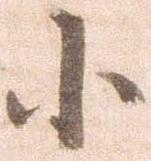
小